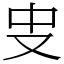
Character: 㕜